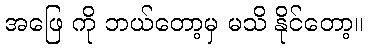
အဖြေ ကို ဘယ်တော့မှ မသိ နိုင်တော့။